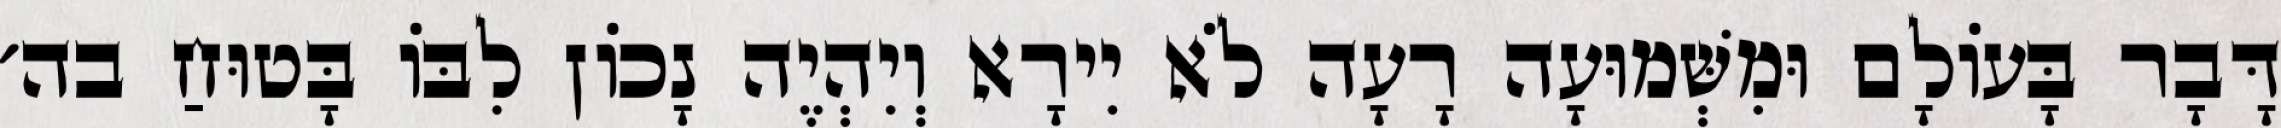
דָּבָר בָּעוֹלָם וּמִשְּׁמוּעָה רָעָה לֹא יִירָא וְיִהְיֶה נָכוֹן לִבּוֹ בָּטוּחַ בה׳